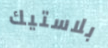
بلاستيك